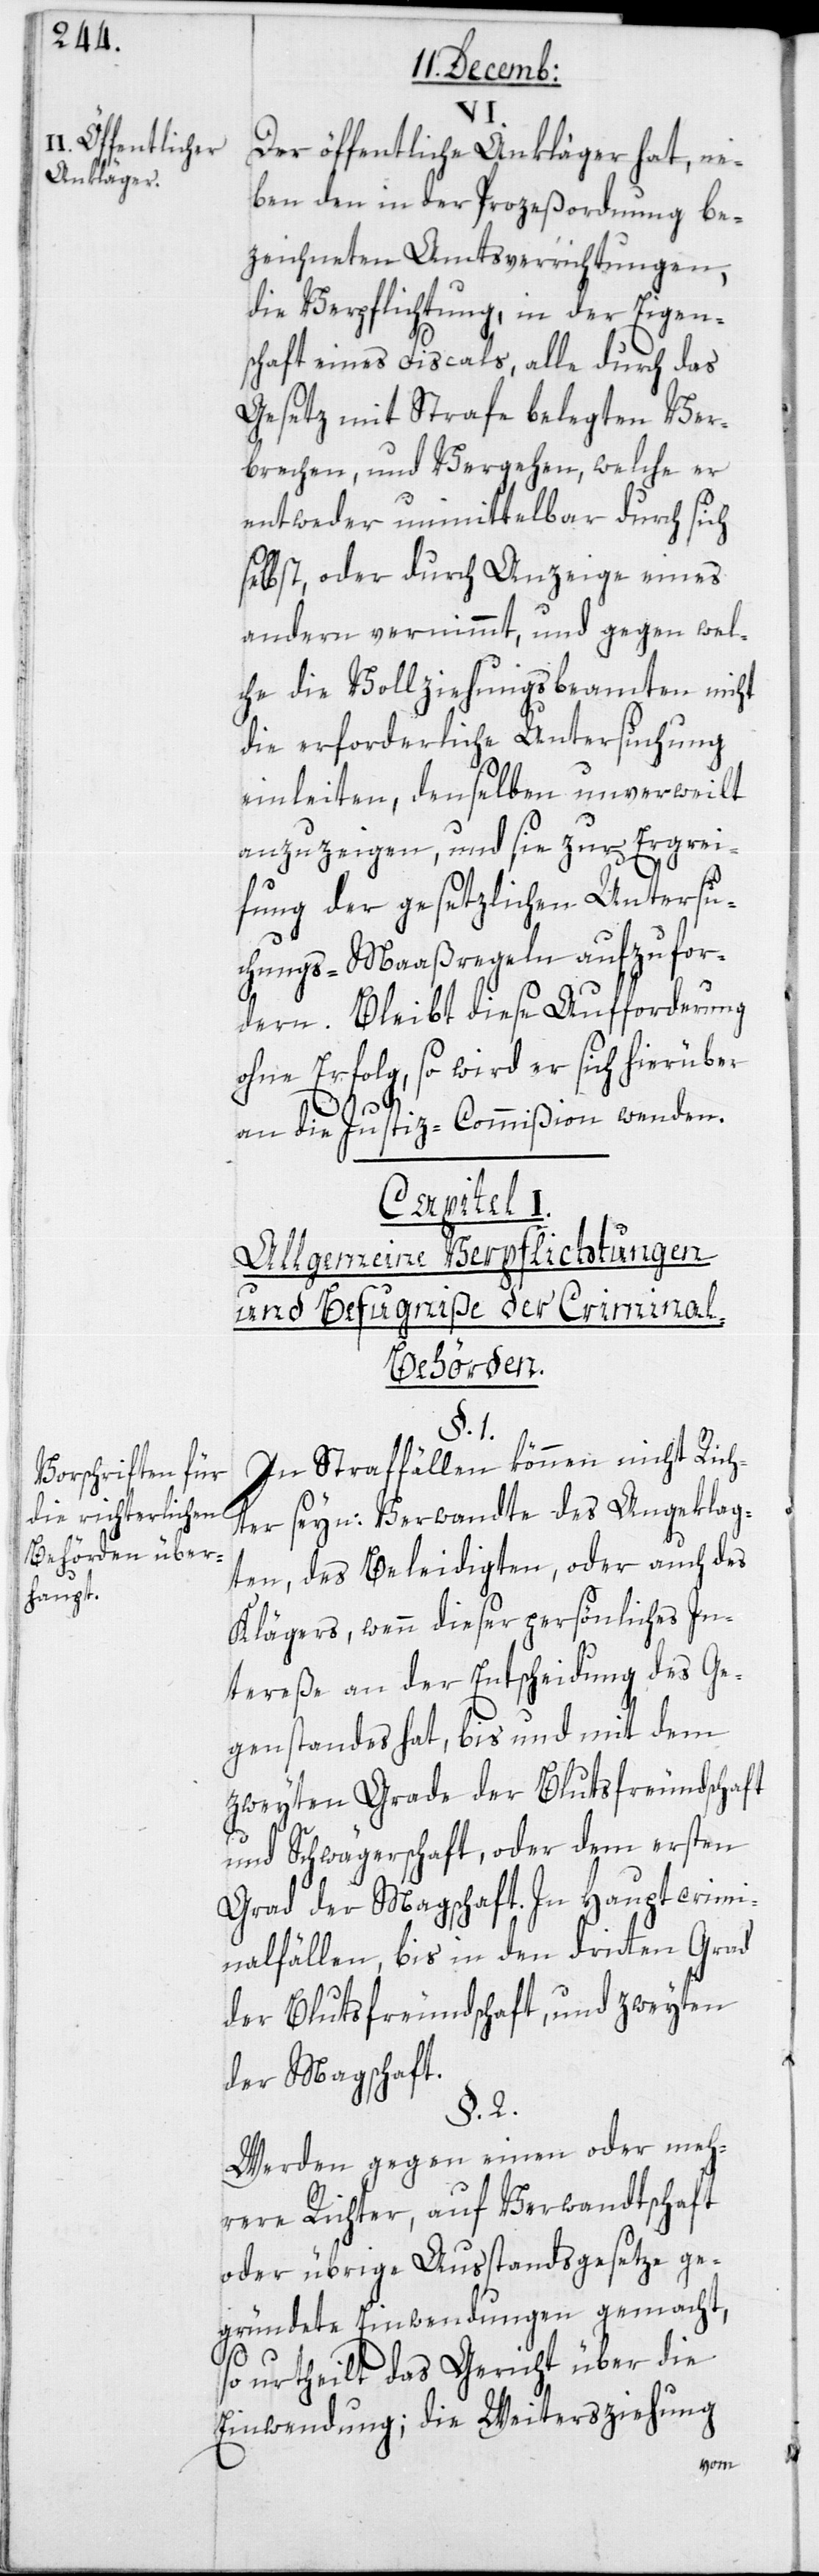
Öffentliche
Ankläger.
Vorschriften für
die richterlichen
Behörden über¬
haupt.

Der öffentliche Ankläger hat, ne¬
ben den in der Prozeßordnung be¬
zeichneten Amtsverrichtungen
die Verpflichtung, in der Eigen¬
schaft eines Fiscals, alle durch das
Gesetz mit Strafe belegten Ver¬
brechen und Vergehen, welche er
entweder unmittelbar durch sich
selbst, oder durch Anzeige eines
andern vernimmt, und gegen wel¬
che die Vollziehungsbeamten nicht
die erforderliche Untersuchung
einleiten, denselben unverweilt
anzuzeigen, und sie zur Ergrei¬
fung der gesetzlichen Untersu¬
chungs-Maaßregeln aufzufor¬
dern. Bleibt diese Aufforderung
ohne Erfolg, so wird er sich hierüber
an die Justiz-Commißion wenden.
Capitel I.
Allgemeine Verpflichtungen
und Befugniße der Crimina¬
l-Behörden.
§. 1.
In Straffällen können nicht Rich¬
ter seyn: Verwandte des Angeklag¬
ten, des Beleidigten, oder auch des
Klägers, wenn dieser persönliches In¬
tereße an der Entscheidung des Ge¬
genstandes hat, bis und mit dem
zweyten Grade der Blutsfreundschaft
und Schwägerschaft, oder dem ersten
Grad der Magschaft. In Hauptcrimi¬
nalfällen, bis in den dritten Grad
der Blutsfreundschaft, und zweyten
der Magschaft.
§. 2.
Werden gegen einen oder meh¬
rere Richter, auf Verwandtschaft
oder übrige Ausstandsgesetze ge¬
gründete Einwendungen gemacht,
so urtheilt das Gericht über die
Einwendung; die Weitersziehung